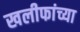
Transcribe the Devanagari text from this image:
खलीफांच्या